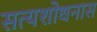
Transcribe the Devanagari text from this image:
सत्यशोधनास